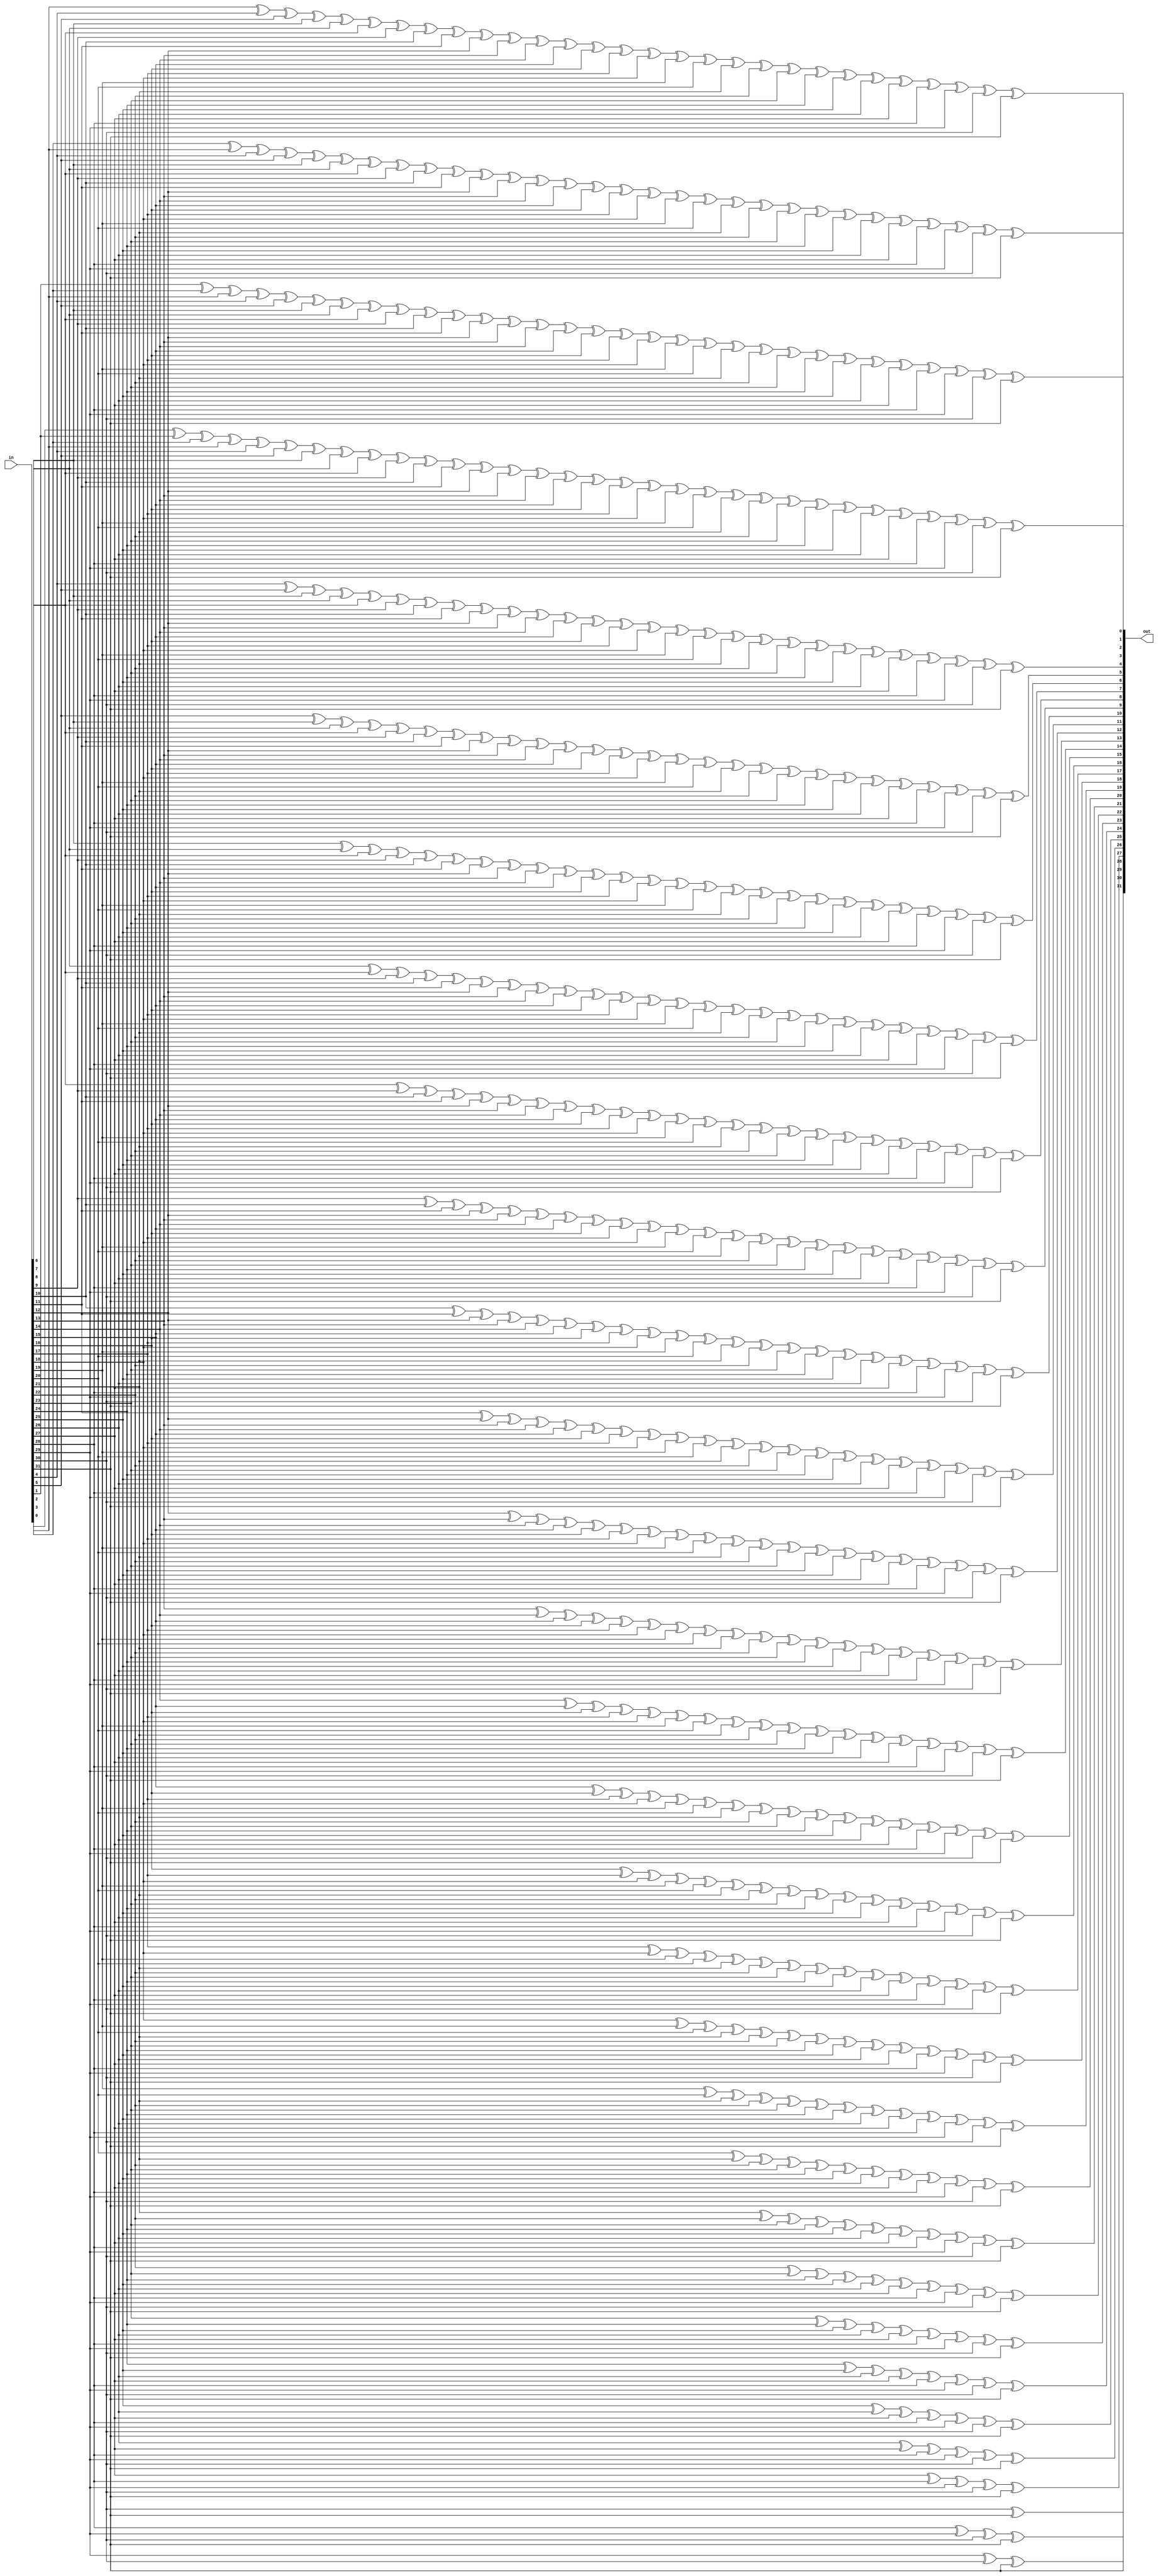
module oh_gray2bin #(parameter DW = 32) 
   (
    input [DW-1:0]  in,  
    output [DW-1:0] out  
    );
   reg [DW-1:0]     bin;
   wire [DW-1:0]    gray;
   integer 	   i,j;
   assign gray[DW-1:0] = in[DW-1:0];
   assign out[DW-1:0]  = bin[DW-1:0];
   always @*
     begin
	bin[DW-1] = gray[DW-1];   
	for (i=0; i<(DW-1); i=i+1)
	  begin
	     bin[i] = 1'b0;	
	     for (j=i; j<DW; j=j+1)
	       bin[i] = bin[i] ^ gray [j];
	  end
     end
endmodule